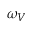
\omega _ { V }